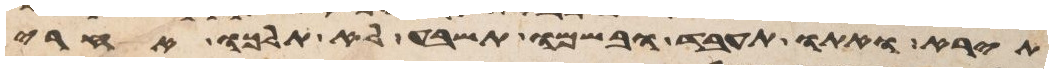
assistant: תירא ואתו תעבד ובשמו תשבע לא תלכו אחרי